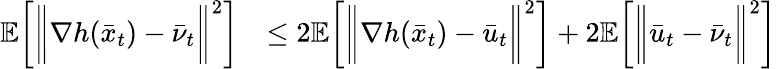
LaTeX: \begin{array}{rl}{\mathbb{E}\bigg[\bigg\| \nabla h(\bar{x}_{t})-\bar{\nu}_{t}\bigg\| ^{2}\bigg]}&{\leq 2\mathbb{E}\bigg[\bigg\| \nabla h(\bar{x}_{t})-\bar{u}_{t}\bigg\| ^{2}\bigg]+2\mathbb{E}\bigg[\bigg\| \bar{u}_{t}-\bar{\nu}_{t}\bigg\| ^{2}\bigg]}\end{array}